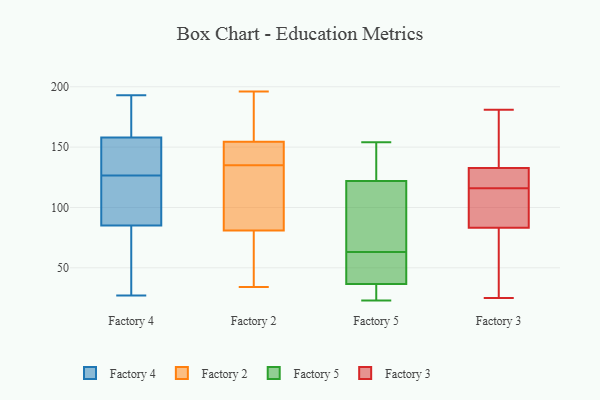
{"axis": {"x": "Website Visitors", "y": "Value"}, "legend": ["Factory 2", "Factory 3", "Factory 4", "Factory 5"], "data": [{"x": "", "y": 121, "type": "Factory 4"}, {"x": "", "y": 45, "type": "Factory 4"}, {"x": "", "y": 32, "type": "Factory 4"}, {"x": "", "y": 126, "type": "Factory 4"}, {"x": "", "y": 119, "type": "Factory 4"}, {"x": "", "y": 127, "type": "Factory 4"}, {"x": "", "y": 138, "type": "Factory 4"}, {"x": "", "y": 67, "type": "Factory 4"}, {"x": "", "y": 110, "type": "Factory 4"}, {"x": "", "y": 156, "type": "Factory 4"}, {"x": "", "y": 193, "type": "Factory 4"}, {"x": "", "y": 27, "type": "Factory 4"}, {"x": "", "y": 162, "type": "Factory 4"}, {"x": "", "y": 103, "type": "Factory 4"}, {"x": "", "y": 127, "type": "Factory 4"}, {"x": "", "y": 160, "type": "Factory 4"}, {"x": "", "y": 189, "type": "Factory 4"}, {"x": "", "y": 132, "type": "Factory 4"}, {"x": "", "y": 44, "type": "Factory 4"}, {"x": "", "y": 178, "type": "Factory 4"}, {"x": "", "y": 176, "type": "Factory 2"}, {"x": "", "y": 47, "type": "Factory 2"}, {"x": "", "y": 91, "type": "Factory 2"}, {"x": "", "y": 163, "type": "Factory 2"}, {"x": "", "y": 114, "type": "Factory 2"}, {"x": "", "y": 69, "type": "Factory 2"}, {"x": "", "y": 196, "type": "Factory 2"}, {"x": "", "y": 85, "type": "Factory 2"}, {"x": "", "y": 135, "type": "Factory 2"}, {"x": "", "y": 136, "type": "Factory 2"}, {"x": "", "y": 152, "type": "Factory 2"}, {"x": "", "y": 156, "type": "Factory 2"}, {"x": "", "y": 50, "type": "Factory 2"}, {"x": "", "y": 118, "type": "Factory 2"}, {"x": "", "y": 154, "type": "Factory 2"}, {"x": "", "y": 136, "type": "Factory 2"}, {"x": "", "y": 34, "type": "Factory 2"}, {"x": "", "y": 113, "type": "Factory 5"}, {"x": "", "y": 63, "type": "Factory 5"}, {"x": "", "y": 154, "type": "Factory 5"}, {"x": "", "y": 23, "type": "Factory 5"}, {"x": "", "y": 125, "type": "Factory 5"}, {"x": "", "y": 29, "type": "Factory 5"}, {"x": "", "y": 51, "type": "Factory 5"}, {"x": "", "y": 41, "type": "Factory 5"}, {"x": "", "y": 35, "type": "Factory 5"}, {"x": "", "y": 146, "type": "Factory 5"}, {"x": "", "y": 107, "type": "Factory 5"}, {"x": "", "y": 132, "type": "Factory 3"}, {"x": "", "y": 90, "type": "Factory 3"}, {"x": "", "y": 122, "type": "Factory 3"}, {"x": "", "y": 25, "type": "Factory 3"}, {"x": "", "y": 63, "type": "Factory 3"}, {"x": "", "y": 117, "type": "Factory 3"}, {"x": "", "y": 105, "type": "Factory 3"}, {"x": "", "y": 135, "type": "Factory 3"}, {"x": "", "y": 181, "type": "Factory 3"}, {"x": "", "y": 156, "type": "Factory 3"}, {"x": "", "y": 97, "type": "Factory 3"}, {"x": "", "y": 116, "type": "Factory 3"}, {"x": "", "y": 51, "type": "Factory 3"}]}